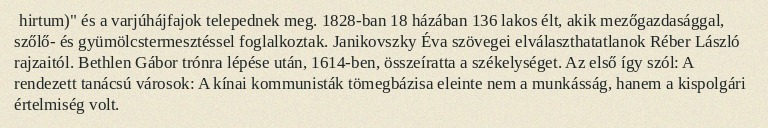
hirtum)" és a varjúhájfajok telepednek meg. 1828-ban 18 házában 136 lakos élt, akik mezőgazdasággal, szőlő- és gyümölcstermesztéssel foglalkoztak. Janikovszky Éva szövegei elválaszthatatlanok Réber László rajzaitól. Bethlen Gábor trónra lépése után, 1614-ben, összeíratta a székelységet. Az első így szól: A rendezett tanácsú városok: A kínai kommunisták tömegbázisa eleinte nem a munkásság, hanem a kispolgári értelmiség volt.